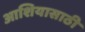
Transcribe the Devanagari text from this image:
आशियासाठी